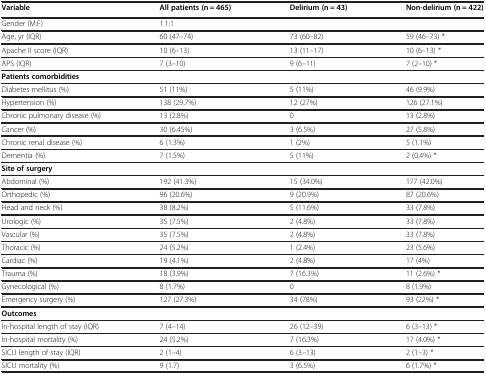
<table><thead><tr><td><b>Variable</b></td><td><b>All patients (n = 465)</b></td><td><b>Delirium (n = 43)</b></td><td><b>Non-delirium (n = 422)</b></td></tr></thead><tbody><tr><td>Gender (M:F)</td><td>1.1:1</td><td> </td><td> </td></tr><tr><td>Age, yr (IQR)</td><td>60 (47–74)</td><td>73 (60–82)</td><td>59 (46–73) *</td></tr><tr><td>Apache II score (IQR)</td><td>10 (6–13)</td><td>13 (11–17)</td><td>10 (6–13) *</td></tr><tr><td>APS (IQR)</td><td>7 (3–10)</td><td>9 (6–11)</td><td>7 (2–10) *</td></tr><tr><td><b>Patients comorbidities</b></td><td> </td><td> </td><td> </td></tr><tr><td>Diabetes mellitus (%)</td><td>51 (11%)</td><td>5 (11%)</td><td>46 (9.9%)</td></tr><tr><td>Hypertension (%)</td><td>138 (29.7%)</td><td>12 (27%)</td><td>126 (27.1%)</td></tr><tr><td>Chronic pulmonary disease (%)</td><td>13 (2.8%)</td><td>0</td><td>13 (2.8%)</td></tr><tr><td>Cancer (%)</td><td>30 (6.45%)</td><td>3 (6.5%)</td><td>27 (5.8%)</td></tr><tr><td>Chronic renal disease (%)</td><td>6 (1.3%)</td><td>1 (2%)</td><td>5 (1.1%)</td></tr><tr><td>Dementia (%)</td><td>7 (1.5%)</td><td>5 (11%)</td><td>2 (0.4%) *</td></tr><tr><td><b>Site of surgery</b></td><td> </td><td> </td><td> </td></tr><tr><td>Abdominal (%)</td><td>192 (41.3%)</td><td>15 (34.0%)</td><td>177 (42.0%)</td></tr><tr><td>Orthopedic (%)</td><td>96 (20.6%)</td><td>9 (20.9%)</td><td>87 (20.6%)</td></tr><tr><td>Head and neck (%)</td><td>38 (8.2%)</td><td>5 (11.6%)</td><td>33 (7.8%)</td></tr><tr><td>Urologic (%)</td><td>35 (7.5%)</td><td>2 (4.8%)</td><td>33 (7.8%)</td></tr><tr><td>Vascular (%)</td><td>35 (7.5%)</td><td>2 (4.8%)</td><td>33 (7.8%)</td></tr><tr><td>Thoracic (%)</td><td>24 (5.2%)</td><td>1 (2.4%)</td><td>23 (5.6%)</td></tr><tr><td>Cardiac (%)</td><td>19 (4.1%)</td><td>2 (4.8%)</td><td>17 (4%)</td></tr><tr><td>Trauma (%)</td><td>18 (3.9%)</td><td>7 (16.3%)</td><td>11 (2.6%) *</td></tr><tr><td>Gynecological (%)</td><td>8 (1.7%)</td><td>0</td><td>8 (1.9%)</td></tr><tr><td>Emergency surgery (%)</td><td>127 (27.3%)</td><td>34 (78%)</td><td>93 (22%) *</td></tr><tr><td><b>Outcomes</b></td><td> </td><td> </td><td> </td></tr><tr><td>In-hospital length of stay (IQR)</td><td>7 (4–14)</td><td>26 (12–39)</td><td>6 (3–13) *</td></tr><tr><td>In-hospital mortality (%)</td><td>24 (5.2%)</td><td>7 (16.3%)</td><td>17 (4.0%) *</td></tr><tr><td>SICU length of stay (IQR)</td><td>2 (1–4)</td><td>6 (3–13)</td><td>2 (1–3) *</td></tr><tr><td>SICU mortality (%)</td><td>9 (1.7)</td><td>3 (6.5%)</td><td>6 (1.7%) *</td></tr></tbody></table>